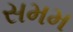
સમમ